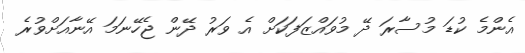
އެންމެ ކުޑަ މުސާރަ ދޭ މުވައްޒަފަކަށް އެ ވަރު ދޭން ޖެހޭނަމަ އޭނާއަށްވުރެ